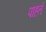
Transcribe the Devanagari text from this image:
पाहतं